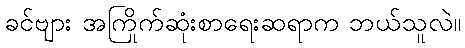
ခင်ဗျား အကြိုက်ဆုံးစာရေးဆရာက ဘယ်သူလဲ။